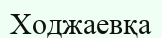
Ходжаевқа